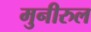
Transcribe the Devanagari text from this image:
मुनीरुल